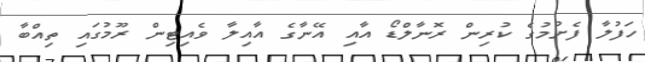
ހަފުލާ ފެށުމުގެ ކުރިން ރޮނާލްޑޯ އާއި އޭނާގެ އާއިލާ ވެއިޓިން ރޫމުގައި ތިއްބާ